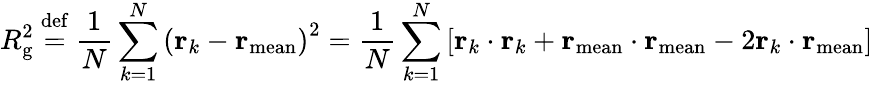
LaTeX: R_{\mathrm{g}}^{2}\ {\stackrel{\mathrm{def}}{=}}\ {\frac{1}{N}}\sum_{k=1}^{N}\left(\mathbf{r}_{k}-\mathbf{r}_{\mathrm{mean}}\right)^{2}={\frac{1}{N}}\sum_{k=1}^{N}\left[\mathbf{r}_{k}\cdot\mathbf{r}_{k}+\mathbf{r}_{\mathrm{mean}}\cdot\mathbf{r}_{\mathrm{mean}}-2\mathbf{r}_{k}\cdot\mathbf{r}_{\mathrm{mean}}\right]